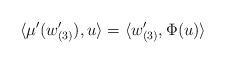
LaTeX: \begin{align*}\langle \mu^{\prime}(w_{(3)}^{\prime}),u\rangle&=\langle w_{(3)}^{\prime},\Phi(u)\rangle\end{align*}